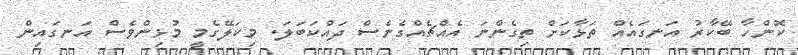
ކޮންހާ ބޭކާރު އަނގައެއް ތަޅާކަށް ތިގެންނަ އެއްޗެއްގެނެސް ދައްކަބަލަ. މިކަލޭގެމީ މުޅިންވެސް އަނގައިން